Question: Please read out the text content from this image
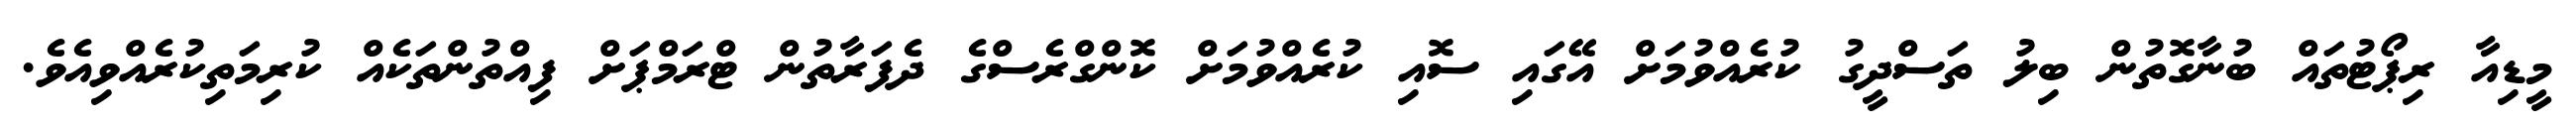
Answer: މީޑިއާ ރިޕޯޓުތައް ބުނާގޮތުން ބިލު ތަސްދީގު ކުރެއްވުމަށް އޭގައި ސޮއި ކުރެއްވުމަށް ކޮންގްރެސްގެ ދެފަރާތުން ޓްރަމްޕަށް ފިއްތުންތަކެއް ކުރިމަތިކުރެއްވިއެވެ.